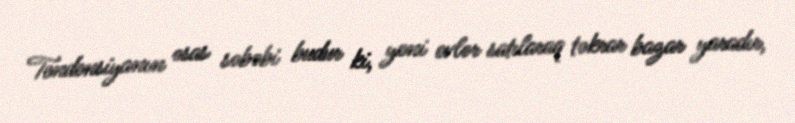
Tendensiyanın əsas səbəbi budur ki, yeni evlər satılaraq təkrar bazar yaradır,